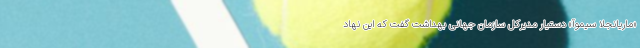
«ماریانجلا سیموآ» دستیار مدیرکل سازمان جهانی بهداشت گفت که این نهاد